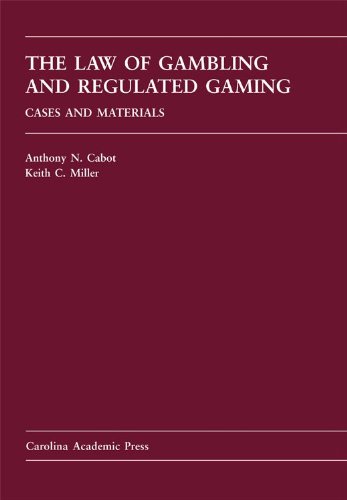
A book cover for The Law of Gambling and Regulated Gaming: Cases and Materials (Carolina Academic Press Law Casebook Sereis); Anthony N. Cabot; Law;